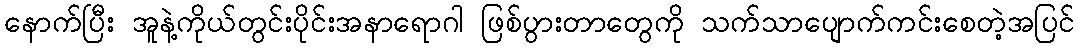
နောက်ပြီး အူနဲ့ကိုယ်တွင်းပိုင်းအနာရောဂါ ဖြစ်ပွားတာတွေကို သက်သာပျောက်ကင်းစေတဲ့အပြင်